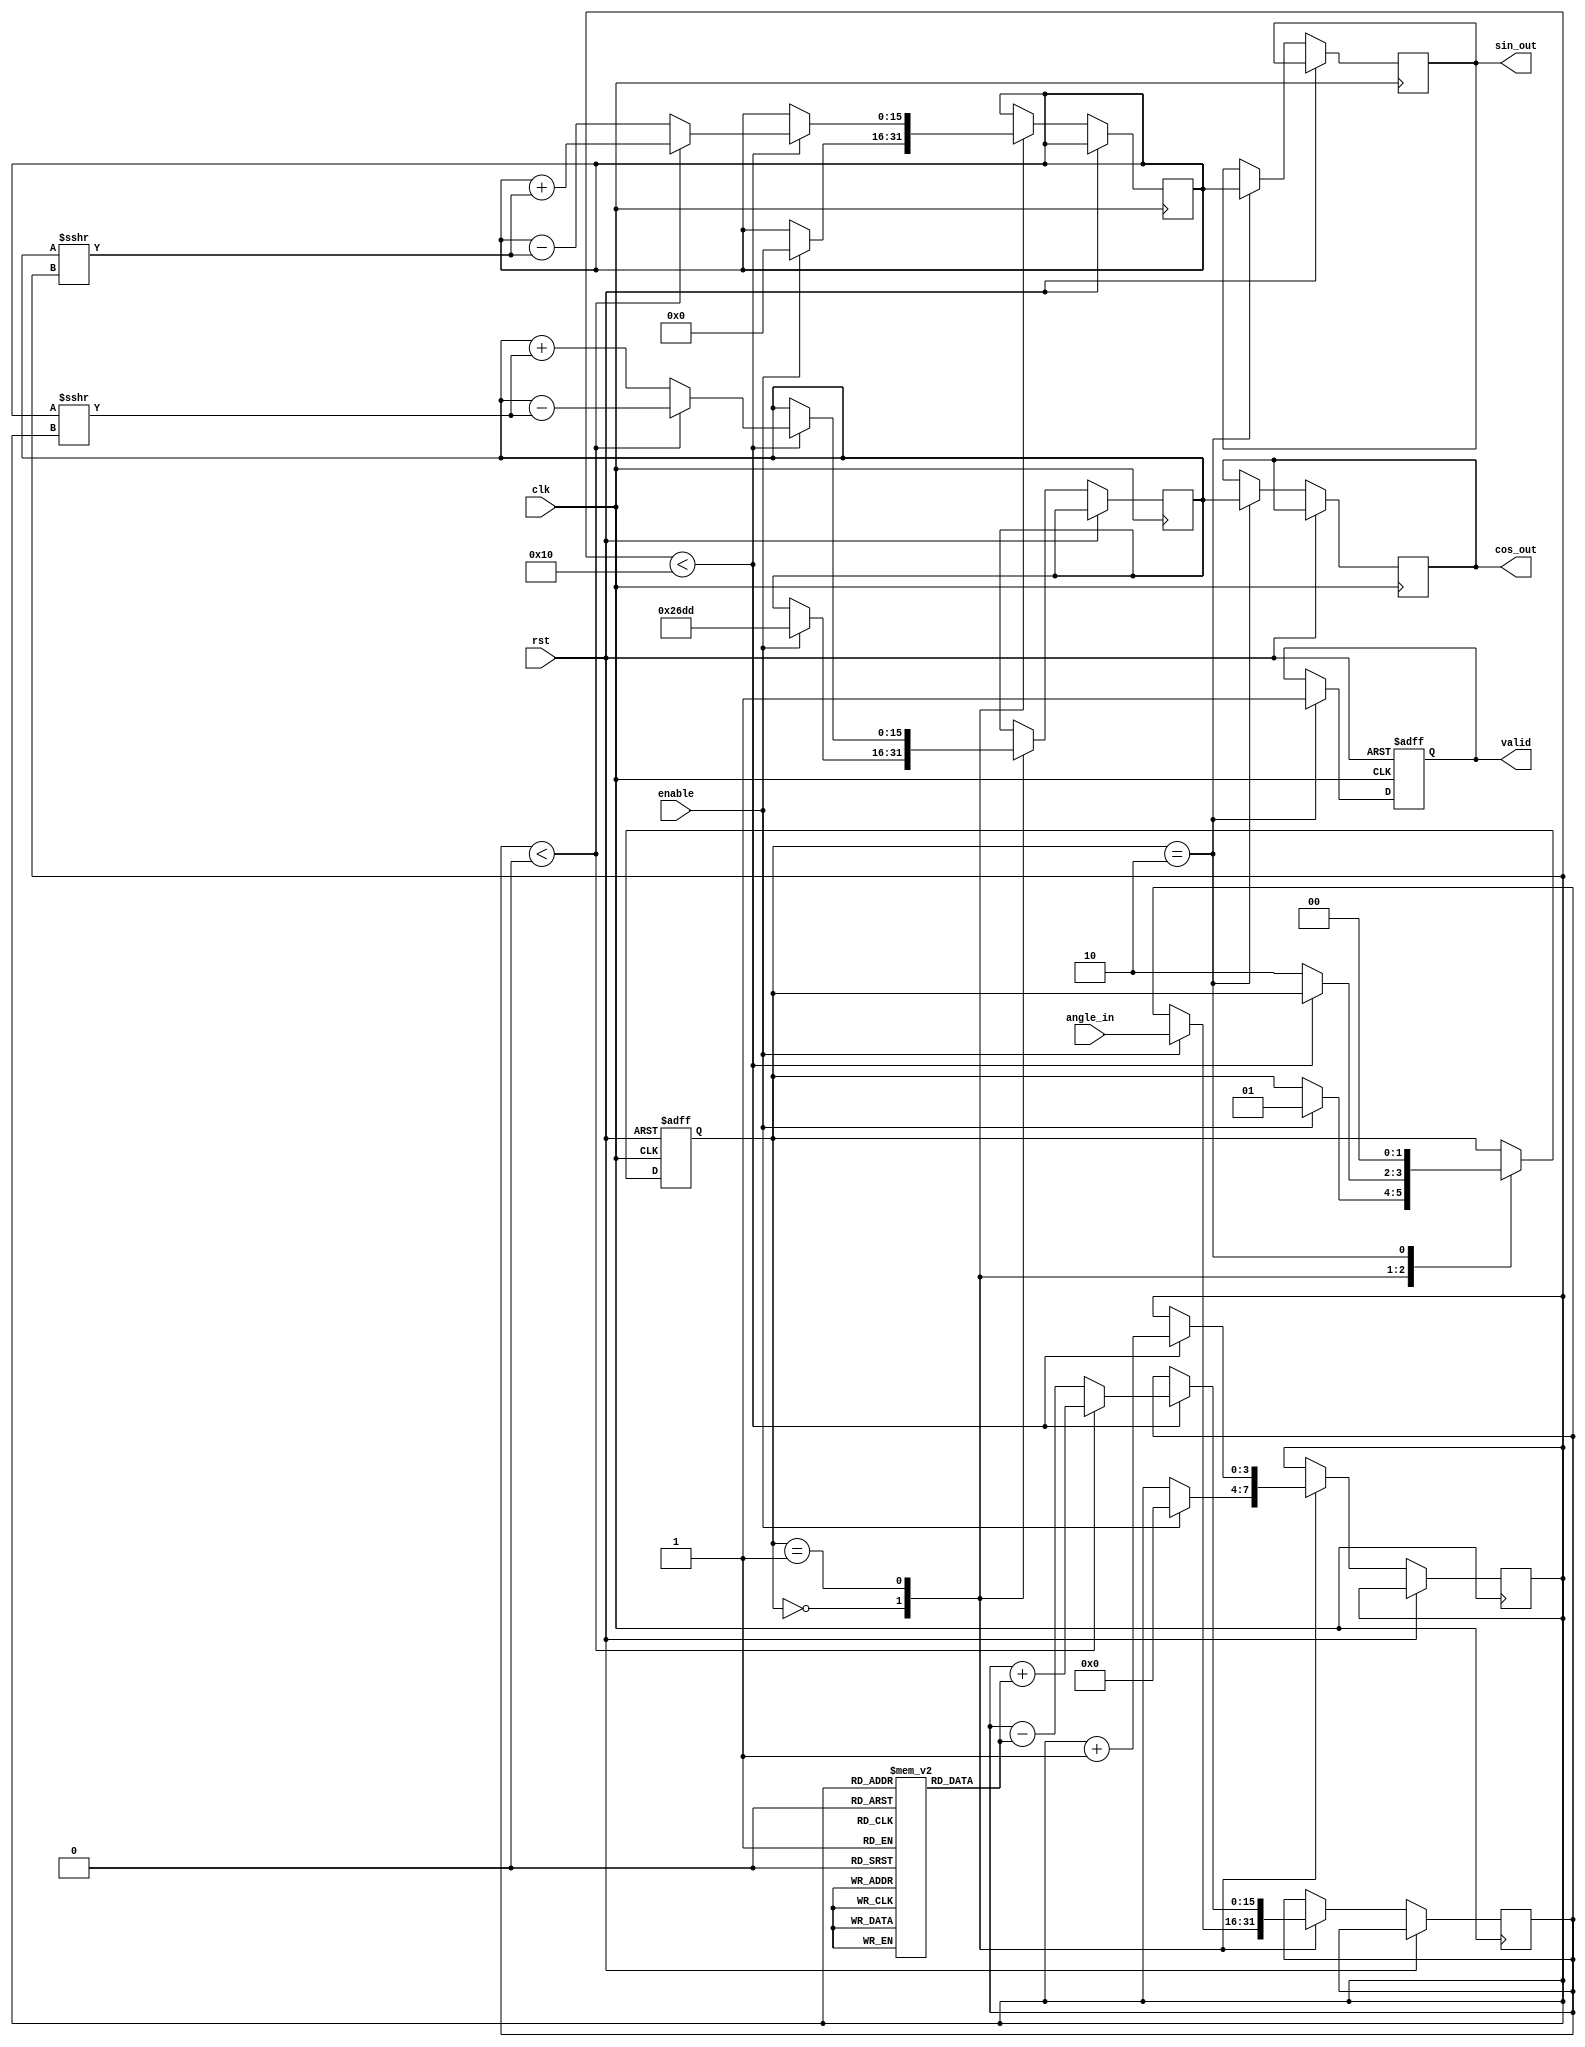
module cordic (
    input wire clk,
    input wire rst,
    input wire [15:0] angle_in,  // Input angle in fixed-point format
    input wire enable,
    output reg [15:0] cos_out,    // Output cosine value
    output reg [15:0] sin_out,    // Output sine value
    output reg valid               // Output valid signal
);

    // Parameters
    parameter NUM_ITERATIONS = 16; // Number of iterations
    parameter LUT_SIZE = NUM_ITERATIONS; // Size of the LUT

    // Pre-computed arctangent values in fixed-point format
    reg [15:0] atan_lut [0:LUT_SIZE-1];
    initial begin
        // Fill in pre-computed arctangent values (in fixed-point format)
        atan_lut[0] = 16'h3243; // atan(2^0)
        atan_lut[1] = 16'h1DAC; // atan(2^(-1))
        atan_lut[2] = 16'h0FF7; // atan(2^(-2))
        atan_lut[3] = 16'h05A8; // atan(2^(-3))
        // Add more values as needed...
    end

    // State variables
    reg [15:0] x, y;           // Cartesian coordinates
    reg [15:0] angle;          // Current angle
    reg [3:0] i;               // Iteration counter
    reg [1:0] state;           // State machine

    // States
    parameter IDLE = 2'b00;
    parameter PROCESS = 2'b01;
    parameter OUTPUT = 2'b10;

    // Angle normalization
    function [15:0] normalize_angle;
        input [15:0] angle_in;
        begin
            // Normalize angle to the range [-, ]
            normalize_angle = angle_in; // This should include normalization logic
        end
    endfunction

    always @(posedge clk or posedge rst) begin
        if (rst) begin
            state <= IDLE;
            valid <= 0;
        end else begin
            case (state)
                IDLE: begin
                    if (enable) begin
                        angle <= normalize_angle(angle_in);
                        x <= 16'h26DD; // Initial x = cos(0)
                        y <= 16'h0000; // Initial y = sin(0)
                        i <= 0;
                        state <= PROCESS;
                    end
                end
                
                PROCESS: begin
                    if (i < NUM_ITERATIONS) begin
                        if (angle < 0) begin
                            // Clockwise rotation
                            angle <= angle + atan_lut[i];
                            y <= y + (x >>> i);
                            x <= x - (y >>> i);
                        end else begin
                            // Counterclockwise rotation
                            angle <= angle - atan_lut[i];
                            y <= y - (x >>> i);
                            x <= x + (y >>> i);
                        end
                        i <= i + 1;
                    end else begin
                        state <= OUTPUT;
                    end
                end
                
                OUTPUT: begin
                    cos_out <= x; // Final cosine output
                    sin_out <= y; // Final sine output
                    valid <= 1;   // Indicate output is valid
                    state <= IDLE; // Go back to IDLE
                end
            endcase
        end
    end
endmodule